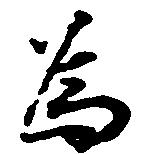
為